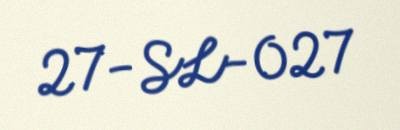
27-SL-027